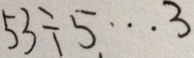
5 3 \div 5 \cdots 3